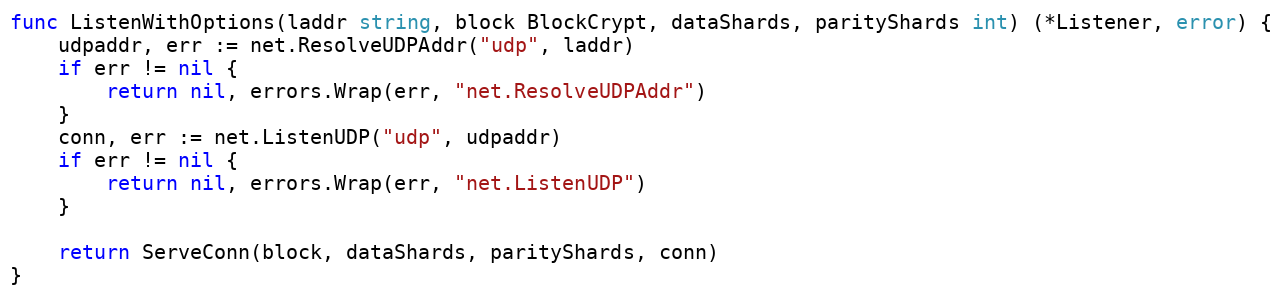
Language: Go
func ListenWithOptions(laddr string, block BlockCrypt, dataShards, parityShards int) (*Listener, error) {
	udpaddr, err := net.ResolveUDPAddr("udp", laddr)
	if err != nil {
		return nil, errors.Wrap(err, "net.ResolveUDPAddr")
	}
	conn, err := net.ListenUDP("udp", udpaddr)
	if err != nil {
		return nil, errors.Wrap(err, "net.ListenUDP")
	}

	return ServeConn(block, dataShards, parityShards, conn)
}